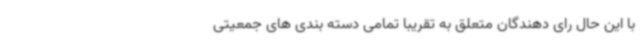
با این حال رای دهندگان متعلق به تقریبا تمامی دسته بندی های جمعیتی